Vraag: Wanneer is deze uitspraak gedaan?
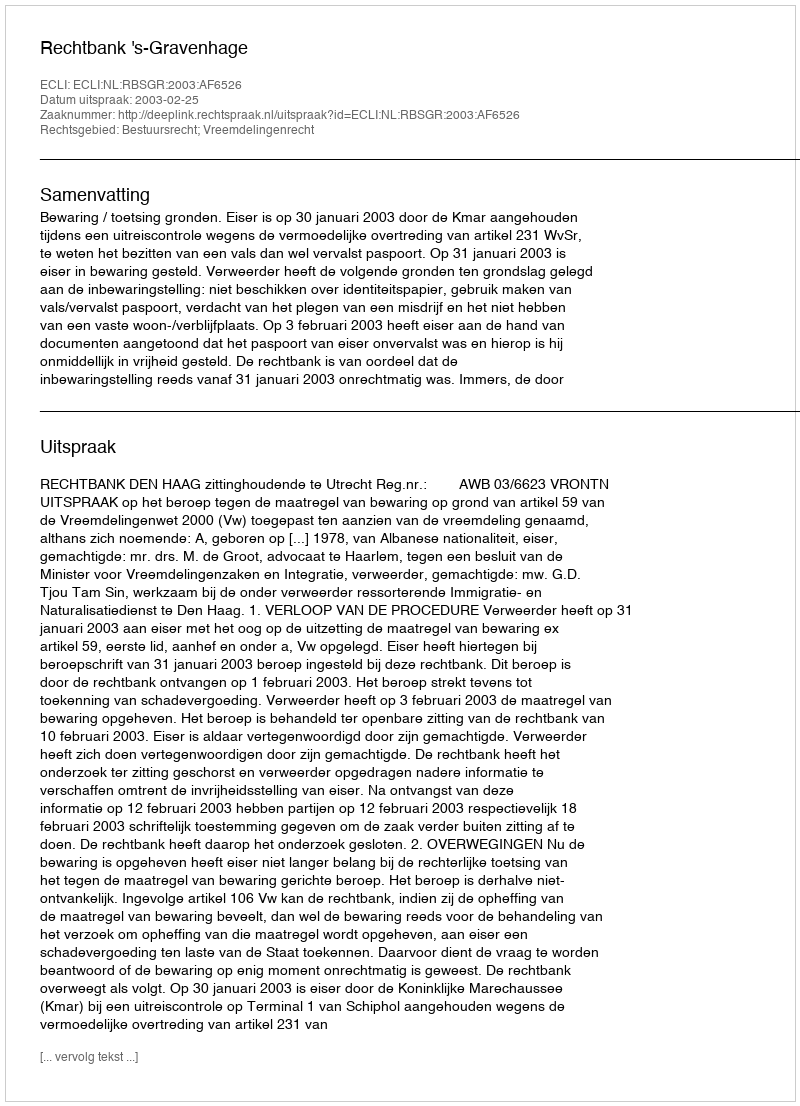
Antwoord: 2003-02-25